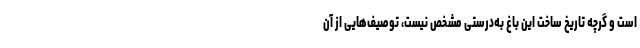
است و گرچه تاریخ ساخت این باغ به‌درستی مشخص نیست، توصیف‌هایی از آن